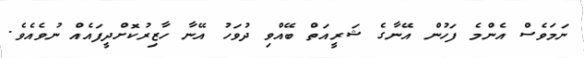
ނަމަވެސް އެންމެ ފަހުން އޭނާގެ ޝަރީއަތް ބޭއްވި ދުވަހު އޭނާ ހާޒިރުކޮށްދީފައެއް ނުވެއެވެ.